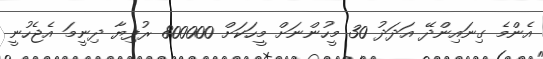
އެންމެ ގިނައިންދޭ އަދަދު 30 މީހުންނަށް މީހަކަށް 800000 ރުފިޔާ ދިނީމަ އެޖެހުނީ